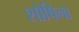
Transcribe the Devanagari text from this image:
शोषिला